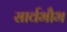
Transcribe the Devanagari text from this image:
सार्वभौभ